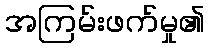
အကြမ်းဖက်မှု၏